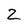
Character: Z